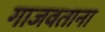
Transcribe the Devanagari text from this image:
गाजवताना